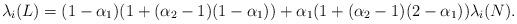
LaTeX: \begin{align*}\lambda_{i}(L) = (1-\alpha_1)(1+(\alpha_2-1)(1-\alpha_1))+\alpha_1(1+(\alpha_2-1)(2-\alpha_1))\lambda_{i}(N).\end{align*}